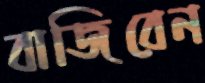
বাজিবেন